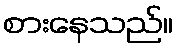
စားနေသည်။